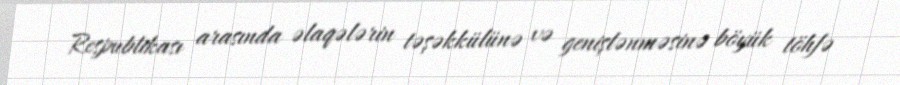
Respublikası arasında əlaqələrin təşəkkülünə və genişlənməsinə böyük töhfə